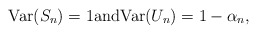
\begin{align*}\mbox{{\rm Var}}(S_{n})=1\mbox{and}\mbox{{\rm Var}}(U_{n})=1-\alpha _{n}, \end{align*}